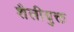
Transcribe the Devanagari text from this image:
शैलीयुक्त